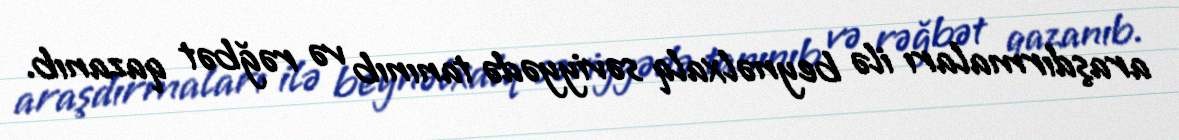
araşdırmaları ilə beynəlxalq səviyyədə tanınıb və rəğbət qazanıb.